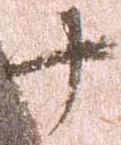
十